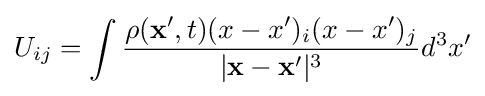
U_{ij}=\int {\rho (\mathbf {x} ',t)(x-x')_{i}(x-x')_{j} \over |\mathbf {x} -\mathbf {x} '|^{3}}d^{3}x'